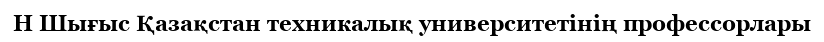
Н Шығыс Қазақстан техникалық университетінің профессорлары